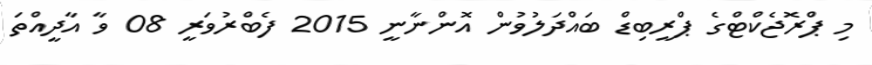
މި ޕްރޮޖެކްޓްގެ ޕްރީބިޑް ބައްދަލުވުން އޮންނާނީ 2015 ފެބްރުވަރީ 08 ވާ އާދީއްތަ